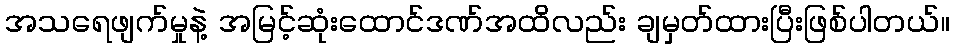
အသရေဖျက်မှုနဲ့ အမြင့်ဆုံးထောင်ဒဏ်အထိလည်း ချမှတ်ထားပြီးဖြစ်ပါတယ်။